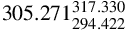
3 0 5 . 2 7 1 _ { 2 9 4 . 4 2 2 } ^ { 3 1 7 . 3 3 0 }